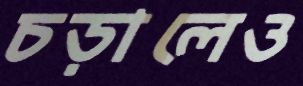
চড়ালেও